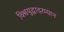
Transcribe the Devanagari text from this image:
विश्वयुद्धादरम्यान